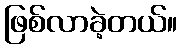
ဖြစ်လာခဲ့တယ်။